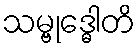
သမ္ဗုဒ္ဓေါတိ